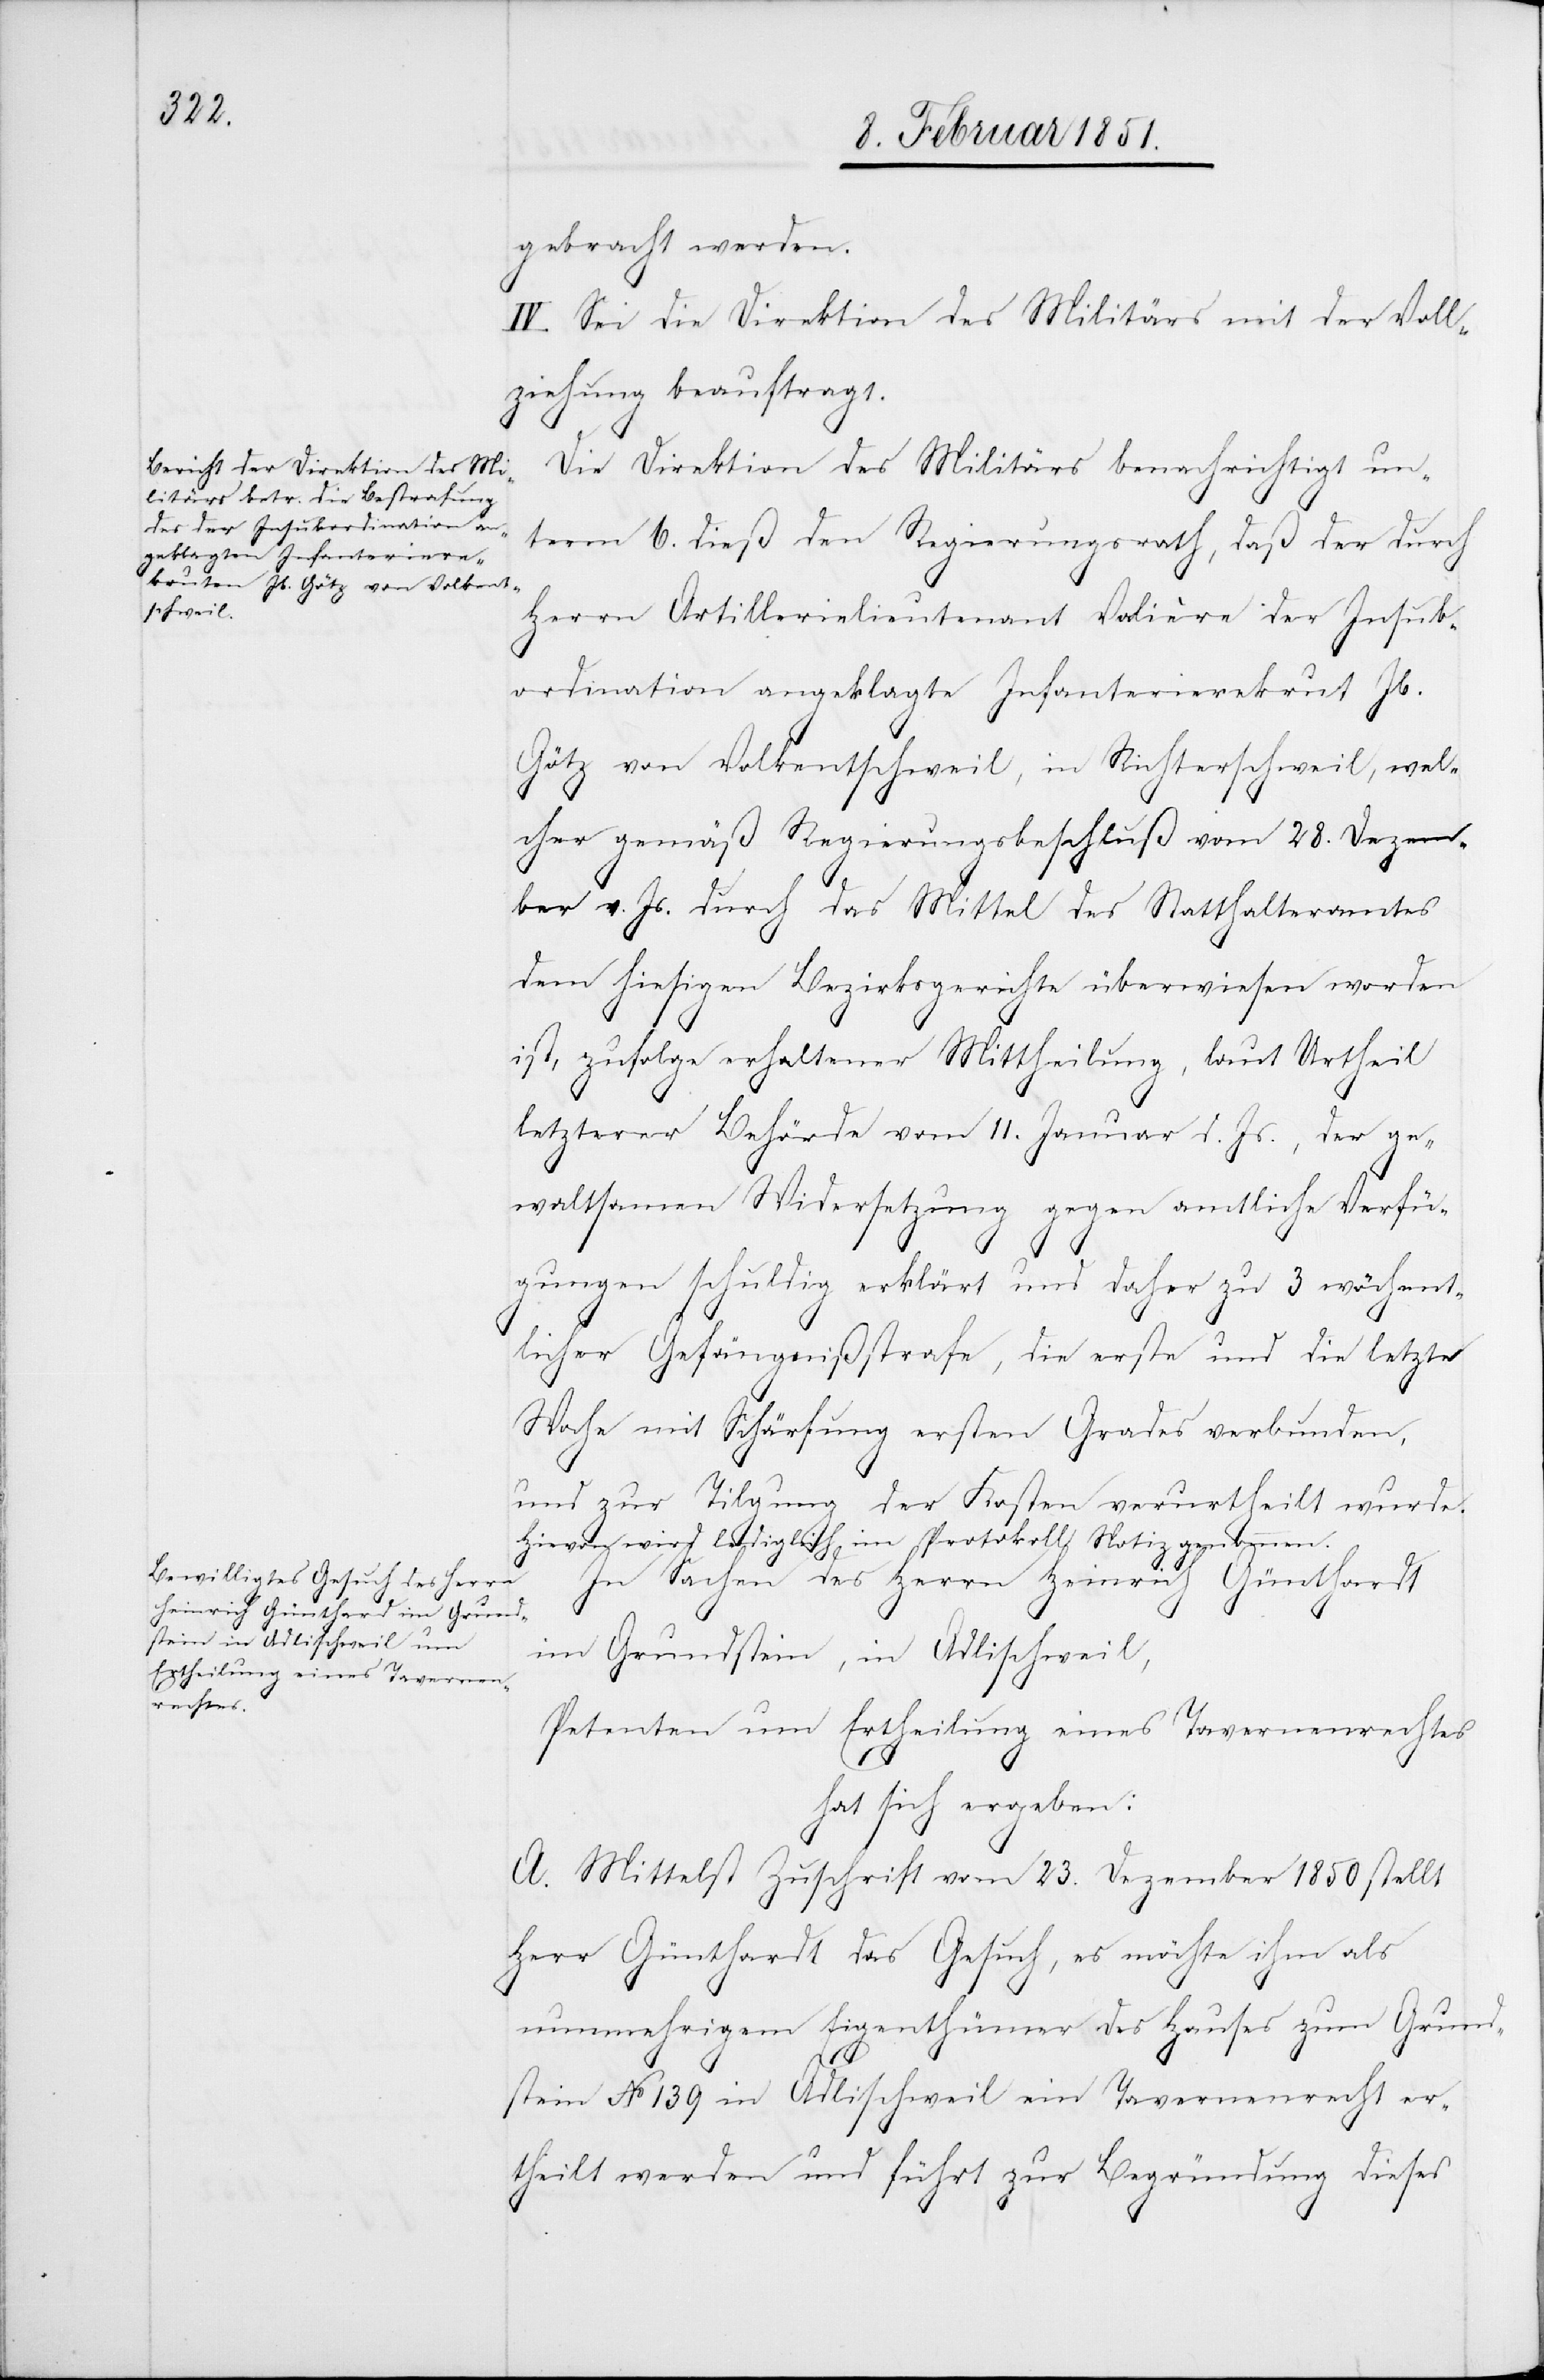
gebracht werden.
IV. Sei die Direktion des Militärs mit der Voll¬
ziehung beauftragt.
Die Direktion des Militärs benachrichtigt un¬
term 6. dieß den Regierungsrath, daß der durch
Herrn Artillerielieutenant Valière der Insub¬
ordination angeklagte Infanterierekrut Jb.
Götz von Volkentschweil, in Richterschweil, wel¬
cher gemäß Regierungsbeschluß vom 28. Dezem¬
ber v. Js. durch das Mittel des Statthalteramtes
dem hiesigen Bezirksgerichte überwiesen worden
ist, zufolge erhaltener Mittheilung, laut Urtheil
letzterer Behörde vom 11. Januar d. Js., der ge¬
waltsamen Widersetzung gegen amtliche Verfü¬
gungen schuldig erklärt und daher zu 3 wöchent¬
licher Gefängnißstrafe, die erste und die letzte
Woche mit Schärfung ersten Grades verbunden,
und zur Tilgung der Kosten verurtheilt wurde.
Hievon wird lediglich im Protokoll Notiz genommen.
In Sachen des Herrn Heinrich Günthardt
im Grundstein, in Adlischweil,
Petenten um Ertheilung eines Tavernenrechtes
hat sich ergeben:
A. Mittelst Zuschrift vom 23. Dezember 1850 stellt
Herr Günthardt das Gesuch, es möchte ihm als
nunmehrigem Eigenthümer des Hauses zum Grund¬
stein No 139 in Adlischweil ein Tavernenrecht er¬
theilt werden und führt zur Begründung dieses